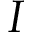
I